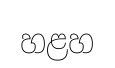
හළහ